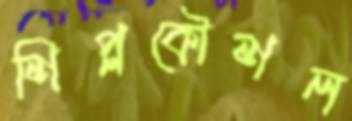
শিপ্লকৌশল